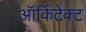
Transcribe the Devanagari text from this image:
ऑर्किटेक्ट